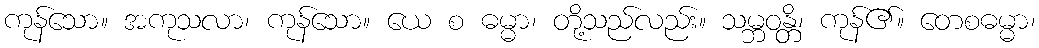
ကုန်သော။ အကုသလာ၊ ကုန်သော။ ယေ စ ဓမ္မာ၊ တို့သည်လည်း။ သမ္ဘဝန္တိ၊ ကုန်၏။ တေစဓမ္မာ၊